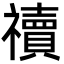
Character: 䄣